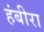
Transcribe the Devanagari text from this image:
हंबीरा